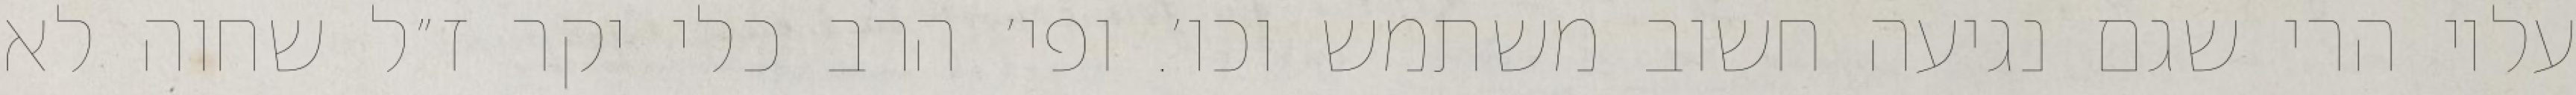
עליו הרי שגם נגיעה חשוב משתמש וכו׳. ופי׳ הרב כלי יקר ז״ל שחוה לא